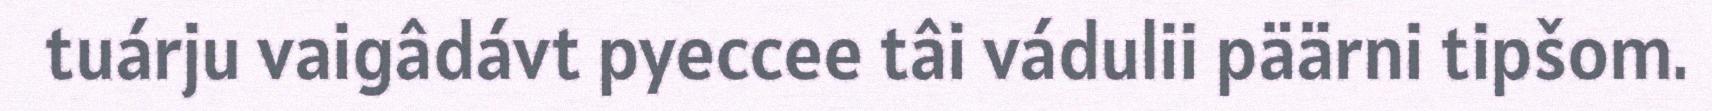
tuárju vaigâdávt pyeccee tâi vádulii päärni tipšom.